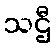
သဌီ